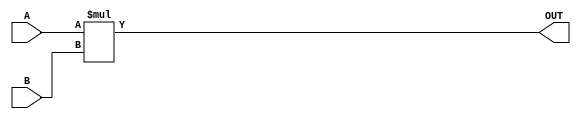
module parameterized_multiplier #(
    parameter WIDTH_A = 8,  // Bit-width of input A
    parameter WIDTH_B = 8,  // Bit-width of input B
    parameter WIDTH_OUT = WIDTH_A + WIDTH_B // Bit-width of output
)(
    input  wire signed [WIDTH_A-1:0] A,  // Input A
    input  wire signed [WIDTH_B-1:0] B,  // Input B
    output wire signed [WIDTH_OUT-1:0] OUT // Output result
);

    // Behavioral multiplication
    assign OUT = A * B;

endmodule